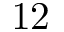
1 2